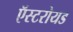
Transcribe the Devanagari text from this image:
ऍस्टरोयड